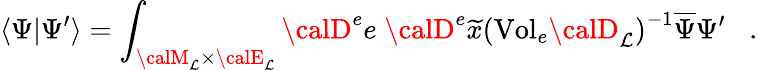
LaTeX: \langle\Psi|\Psi^{\prime}\rangle=\int_{{\calM}_{\mathcal{L}}\times{\calE}_{\mathcal{L}}}{\calD}^{e}e\; {\calD}^{e}\widetilde{{x}}\left(\mathrm{{Vol}}_{e}{\calD}_{\mathcal{L}}\right)^{-1}\overline{{{{\Psi}}}}\Psi^{\prime}\; \; \; .